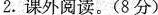
2.课外阅读。(8分)